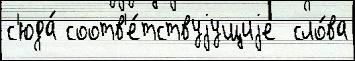
с'юда́ соотв'е́тствуjущиjе  сло́ва